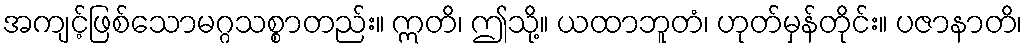
အကျင့်ဖြစ်သောမဂ္ဂသစ္စာတည်း။ ဣတိ၊ ဤသို့။ ယထာဘူတံ၊ ဟုတ်မှန်တိုင်း။ ပဇာနာတိ၊